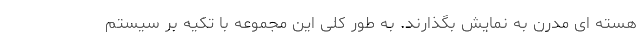
هسته ای مدرن به نمایش بگذارند. به طور کلی این مجموعه با تکیه بر سیستم